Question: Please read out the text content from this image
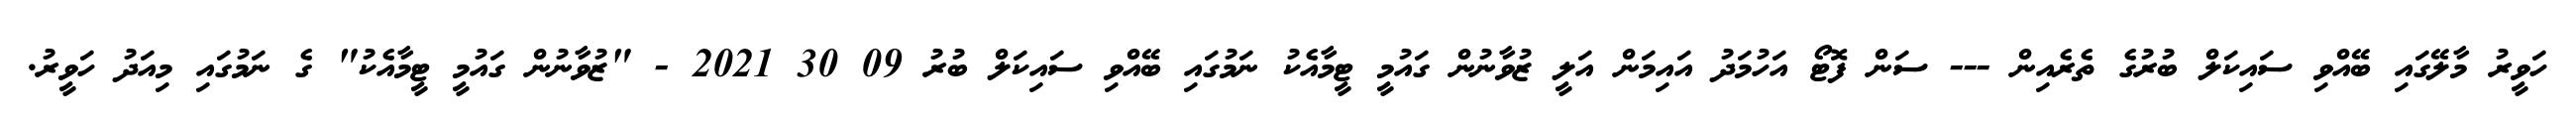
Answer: ހަވީރު މާލޭގައި ބޭއްވި ސައިކަލް ބުރުގެ ތެރެއިން --- ސަން ފޮޓޯ އަހުމަދު އައިމަން އަލީ ޒުވާނުން ގައުމީ ޓީމާއެކު ނަމުގައި ބޭއްވި ސައިކަލް ބުރު 09 30 2021 - "ޒުވާނުން ގައުމީ ޓީމާއެކު" ގެ ނަމުގައި މިއަދު ހަވީރު.